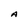
Character: A